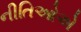
નીતિઓએ